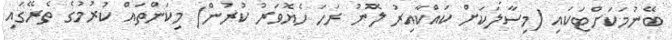
ބޭނުމަކަށްޓަކައި (މިސާލަކަށް ކައްކާއިރު ލޮނު ރަހަ ހެޔޮވަރު ކުރުން) މިކަންތައް ކުރުމުގެ ތެރޭގައި